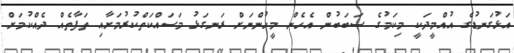
އަޅުގަނޑުގެ އުއްމީދަކީ މިކަމުގެ ސަބަބުން އެހެން މީހުންނަށް ރަނގަޅު މަސައްކަތްކުރުމަށާއި ތަފާތެއް ދެއްކުމަށް